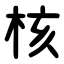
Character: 核